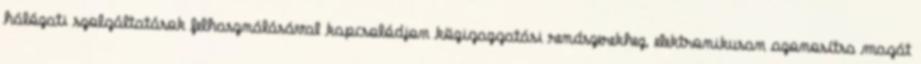
hálózati szolgáltatások felhasználásával kapcsolódjon közigazgatási rendszerekhez, elektronikusan azonosítsa magát